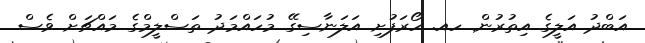
އަބްދު އަލީގެ އިތުރުން